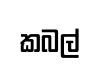
කබල්